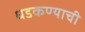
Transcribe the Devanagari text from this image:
धडकण्याची